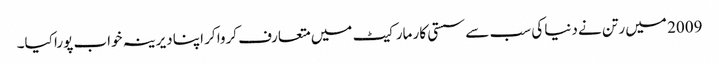
2009 میں رتن نے دنیا کی سب سے سستی کار مارکیٹ میں متعارف کروا کر اپنا دیرینہ خواب پورا کیا۔